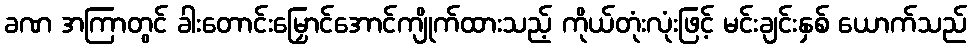
ခဏ အကြာတွင် ခါးတောင်းမြှောင်အောင်ကျိုက်ထားသည့် ကိုယ်တုံးလုံးဖြင့် မင်းချင်းနှစ် ယောက်သည်